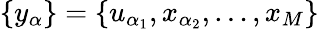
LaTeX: \{ y_{\alpha}\} =\{ u_{\alpha_{1}},x_{\alpha_{2}},\ldots,x_{M}\}